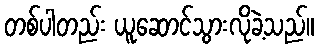
တစ်ပါတည်း ယူဆောင်သွားလိုခဲ့သည်။